Vaccination report Assam 1874-1896 - 1874-1896
Year: 1874
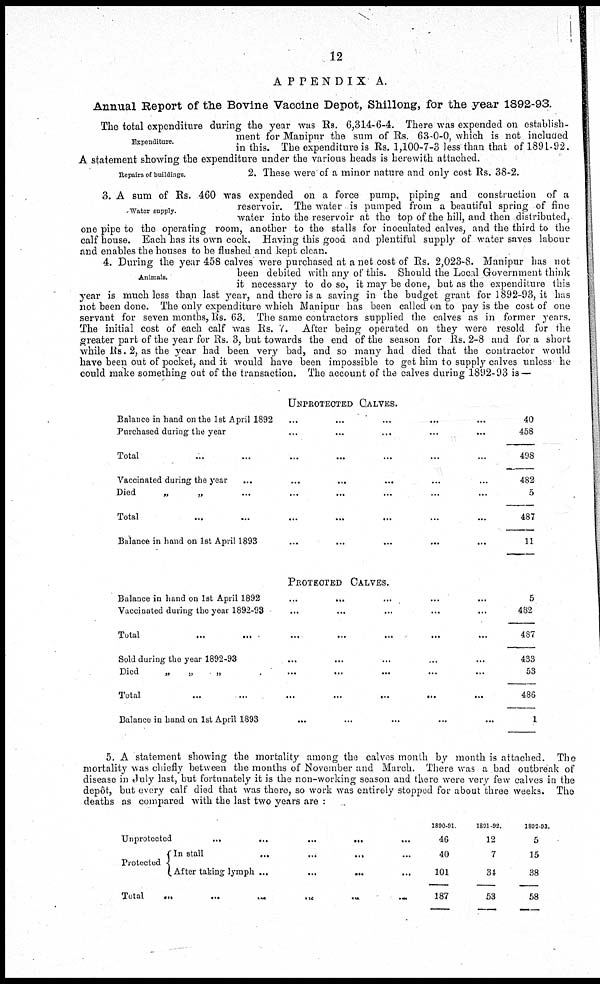
12
APPENDIX A.
Annual Report of the Bovine Vaccine Depot, Shillong, for the year 1892-93.
Expenditure.
The total expenditure during the year was Rs. 6,314-6-4. There was expended on establish-
ment for Manipur the sum of Rs. 63-0-0, which is not included
in this. The expenditure is Rs. 1,100-7-3 less than that of 1891-92.
A statement showing the expenditure under the various heads is herewith attached.
Repairs of buildings.
2. These were of a minor nature and only cost Rs. 38-2.
Water supply.
3. A sum of Rs. 460 was expended on a force pump, piping and construction of a
reservoir. The water is pumped from a beautiful spring of fine
water into the reservoir at the top of the hill, and then distributed,
one pipe to the operating room, another to the stalls for inoculated calves, and the third to the
calf house. Each has its own cock. Having this good and plentiful supply of water saves labour
and enables the houses to be flushed and kept clean.
Animals.
4. During the year 458 calves were purchased at a net cost of Rs. 2,023-8. Manipur has not
been debited with any of this. Should the Local Government think
it necessary to do so, it may be done, but as the expenditure this
year is much less than last year, and there is a saving in the budget grant for 1892-93, it has
not been done. The only expenditure which Manipur has been called on to pay is the cost of one
servant for seven months, Rs. 63. The same contractors supplied the calves as in former years.
The initial cost of each calf was Rs. 7. After being operated on they were resold for the
greater part of the year for Rs. 3, but towards the end of the season for Rs. 2-8 and for a short
while Rs. 2, as the year had been very bad, and so many had died that the contractor would
have been out of pocket, and it would have been impossible to get him to supply calves unless he
could make something out of the transaction. The account of the calves during 1892-93 is —
UNPROTECTED CALVES.
Balance in hand on the 1st April 1892 ... ...
...
...
...
Purchased during the year
...
... ... ... ...
Total
...
... ... ... ... ...
Vaccinated during the year
... ... ... ... ... ...
Died
„
„
...
... ... ... ... ...
Total
...
...
...
...
...
...
...
Balance in hand on 1st April 1893 ... ... ... ... ... ...
PROTECTED CALVES.
Balance in hand on 1st April 1892 ... ... ... ... ...
Vaccinated during the year 1892-93
...
... ... ... ...
Total
...
... ... ... ...
Sold during the year 1892-93
...
... ... ... ...
Died
„
„
„
...
... ... ... ...
Total
...
... ... ... ... ...
Balance in hand on 1st April 1893
...
... ... ... ...
40
458
498
482
5
487
11
5
482
487
433
53
486
1
5. A statement showing the mortality among the calves month by month is attached. The
mortality was chiefly between the months of November and March. There was a bad outbreak of
disease in July last, but fortunately it is the non-working season and there were very few calves in the
depôt, but every calf died that was there, so work was entirely stopped for about three weeks. The
deaths as compared with the last two years are :
Unprotected
...
...
...
...
...
Protected
In stall
...
...
... ...
After taking lymph ...
...
...
...
Total
...
...
...
..
... ...
1800-91.
46
40
101
187
1891-92.
12
7
34
53
1892-03.
5
15
38
58